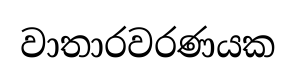
වාතාරවරණයක